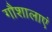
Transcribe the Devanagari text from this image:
गौशालाएं